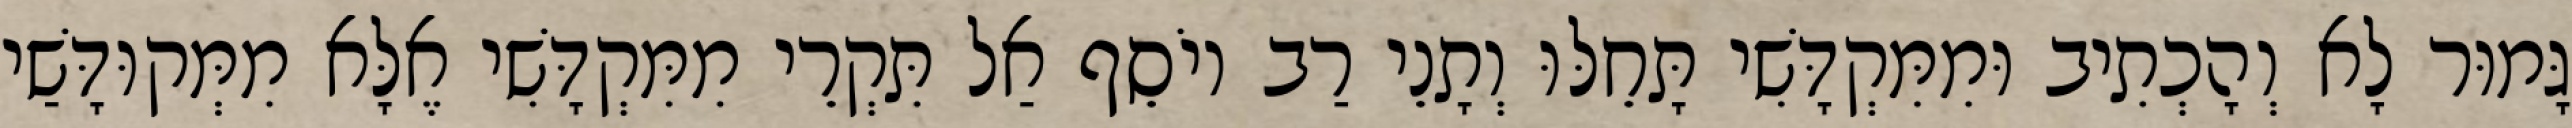
גָּמוּר לָא וְהָכְתִיב וּמִמִּקְדָּשִׁי תָּחֵלּוּ וְתָנֵי רַב יוֹסֵף אַל תִּקְרֵי מִמִּקְדָּשִׁי אֶלָּא מִמְּקוּדָּשַׁי